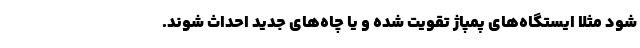
شود مثلا ایستگاه‌های پمپاژ تقویت شده و یا چاه‌های جدید احداث شوند.